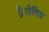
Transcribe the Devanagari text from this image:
हैं।डेविड